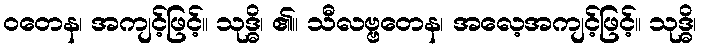
ဝတေန၊ အကျင့်ဖြင့်။ သုဒ္ဓိ၊ ၏။ သီလဗ္ဗတေန၊ အလေ့အကျင့်ဖြင့်။ သုဒ္ဓိ၊